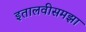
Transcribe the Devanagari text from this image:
इतालवीसमझा